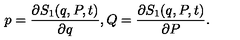
p = \frac { \partial S _ { 1 } ( q , P , t ) } { \partial q } , Q = \frac { \partial S _ { 1 } ( q , P , t ) } { \partial P } .